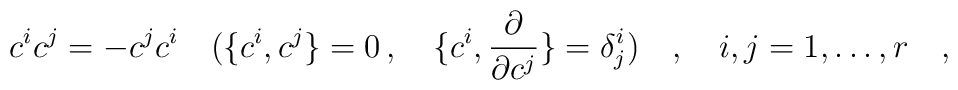
c^i c^j = - c^j c^i \quad (\{c^i,c^j\}=0 \, , \quad \{c^i,{\partial \over \partial c^j}\} = \delta^i_j)\quad,\quad i,j=1,\dots,r \quad,